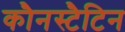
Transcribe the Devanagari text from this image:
कौनस्टैटिन